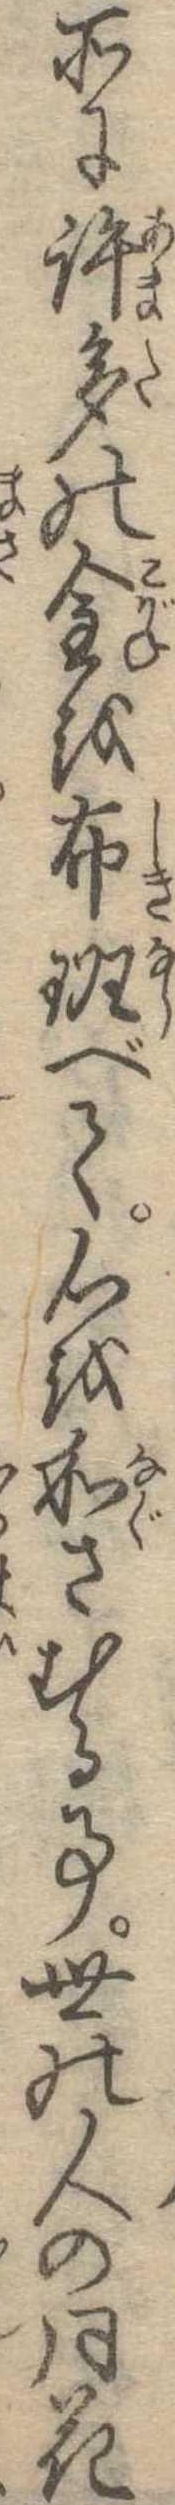
所に許多の金を布班べて心を和さむる事世の人の月花